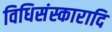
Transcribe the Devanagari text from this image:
विधिसंस्कारादि